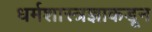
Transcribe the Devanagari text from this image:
धर्मशास्त्रज्ञाकडून